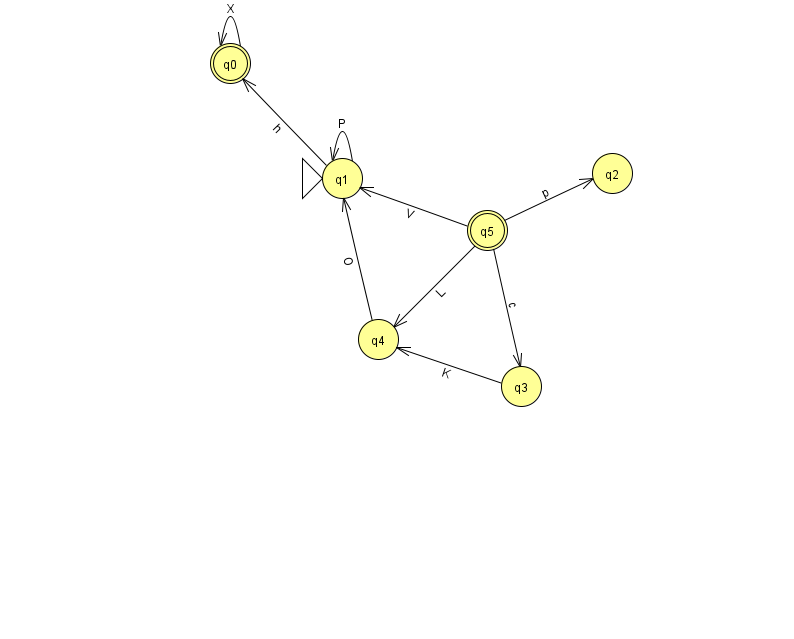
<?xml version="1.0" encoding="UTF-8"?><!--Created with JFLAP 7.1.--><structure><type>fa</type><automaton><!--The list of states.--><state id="0" name="q0"><x>230.0</x><y>50.0</y><final/></state><state id="1" name="q1"><x>342.0</x><y>165.0</y><initial/></state><state id="2" name="q2"><x>612.0</x><y>160.0</y></state><state id="3" name="q3"><x>521.0</x><y>373.0</y></state><state id="4" name="q4"><x>378.0</x><y>326.0</y></state><state id="5" name="q5"><x>487.0</x><y>217.0</y><final/></state><!--The list of transitions.--><transition><from>1</from><to>1</to><read>P</read></transition><transition><from>5</from><to>1</to><read>V</read></transition><transition><from>5</from><to>3</to><read>c</read></transition><transition><from>1</from><to>0</to><read>h</read></transition><transition><from>0</from><to>0</to><read>X</read></transition><transition><from>5</from><to>4</to><read>L</read></transition><transition><from>4</from><to>1</to><read>O</read></transition><transition><from>3</from><to>4</to><read>K</read></transition><transition><from>5</from><to>2</to><read>p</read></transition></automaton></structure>